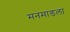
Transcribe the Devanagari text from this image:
मनमाडला